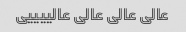
عالی عالی عالی عالییییی